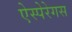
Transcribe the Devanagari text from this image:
ऐस्पेरेगस